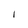
Character: I